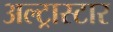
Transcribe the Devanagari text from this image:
अल्ट्रास्टार